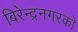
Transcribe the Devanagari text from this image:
बिरेन्द्रनगरको